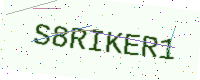
Text: S8RIKER1